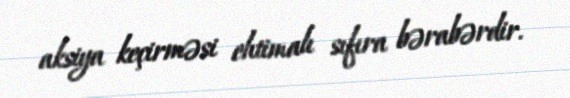
aksiya keçirməsi ehtimalı sıfıra bərabərdir.